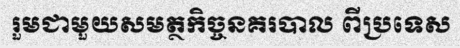
រួមជាមួយសមត្ថកិច្ចនគរបាល ពីប្រទេស